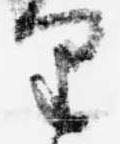
里